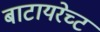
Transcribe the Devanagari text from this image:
बाटायरेच्ट